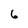
Character: 6